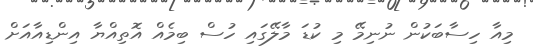
މިއާ ހިސާބަކުން ނުނިމޭ މި ކުޑަ މާލޭގައި ހުސް ބިމެއް އޮތިއްޔާ އިންޑިއާއަށް